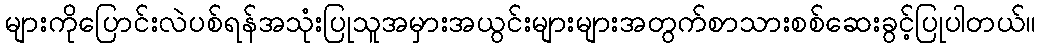
များကိုပြောင်းလဲပစ်ရန်အသုံးပြုသူအမှားအယွင်းများများအတွက်စာသားစစ်ဆေးခွင့်ပြုပါတယ်။